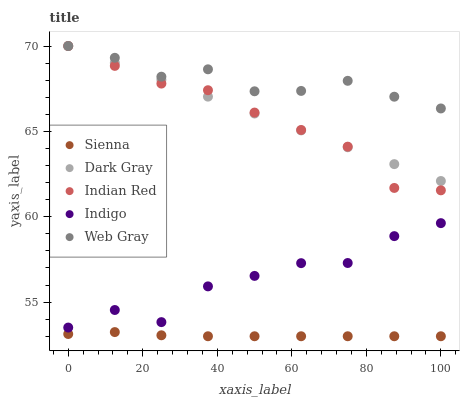
| xaxis_label | Sienna | Dark Gray | Indian Red | Indigo | Web Gray |
 | --- | --- | --- | --- | --- | --- |
 | 0 | 53.1 | 70 | 70 | 53.5 | 70 |
 | 12.5 | 53.2 | 69 | 68.8 | 54.5 | 69.3 |
 | 25 | 53.1 | 68 | 67.8 | 53.8 | 68.2 |
 | 37.5 | 53 | 67 | 67.4 | 55.9 | 68.6 |
 | 50 | 53 | 66 | 66.1 | 56.5 | 67.3 |
 | 62.5 | 53 | 65.1 | 65.1 | 57.3 | 67.4 |
 | 75 | 53 | 64.1 | 64.1 | 57.3 | 68 |
 | 87.5 | 53 | 63.1 | 61.7 | 58.9 | 67 |
 | 100 | 53 | 62.1 | 61.5 | 59.6 | 66.3 |